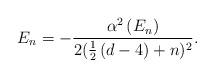
LaTeX: \begin{align*}E_n=-\frac{\alpha ^2\left( E_n\right) }{2(\frac 12\left( d-4\right) +n )^2}.\end{align*}